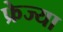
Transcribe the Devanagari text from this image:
फ्रेज्या